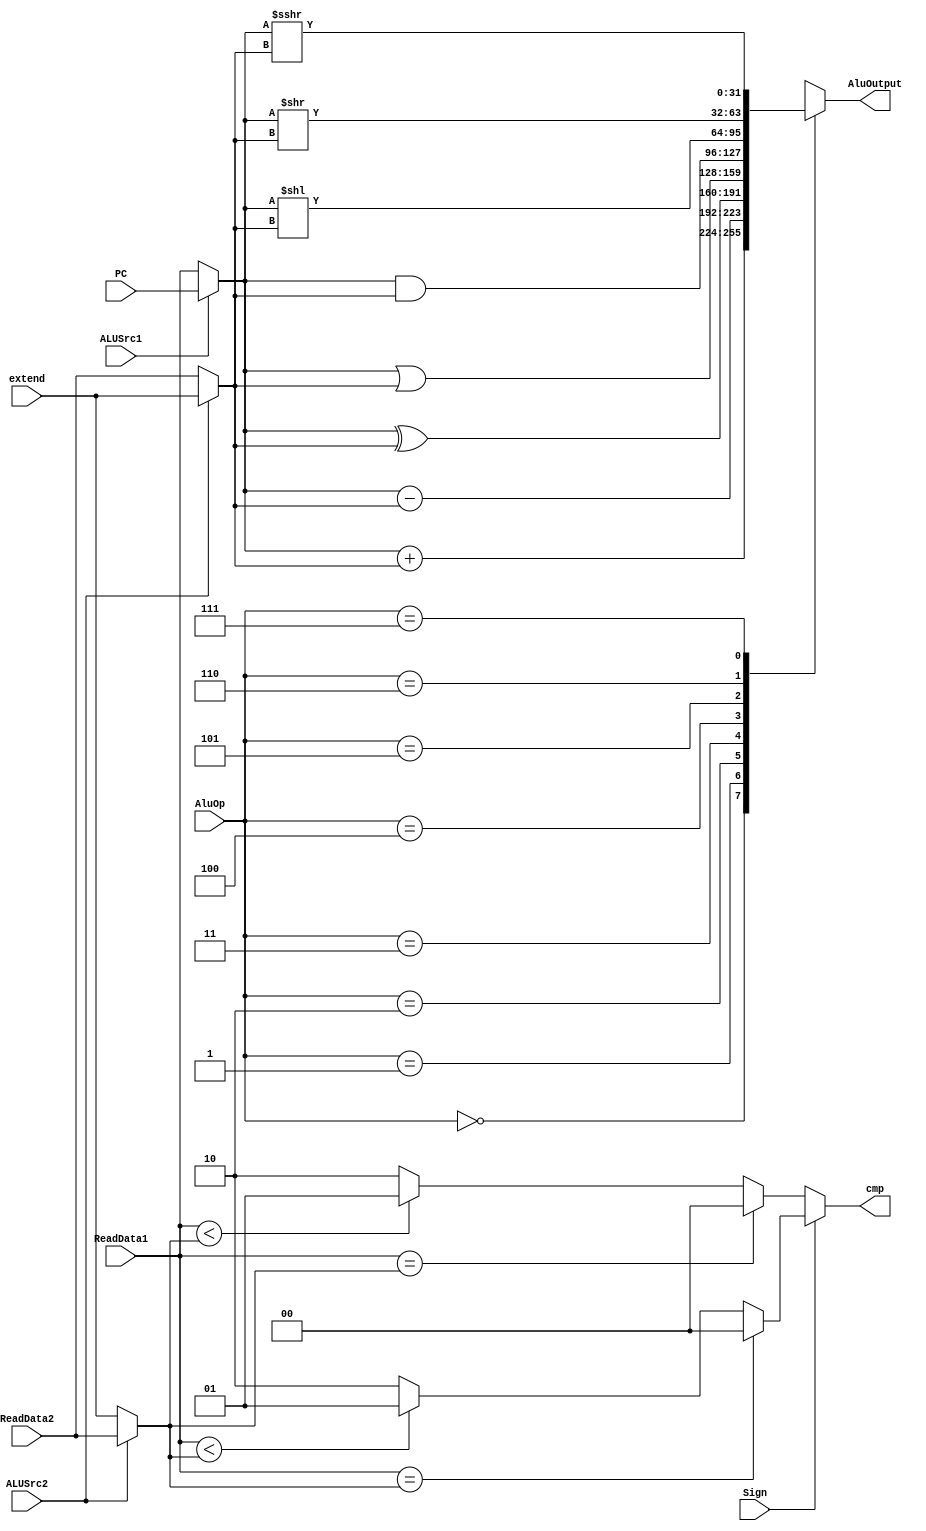
module ALU(
        input ALUSrc1,      
        input ALUSrc2,       
        input [31:0] ReadData1, 
        input [31:0] ReadData2, 
        input [31:0] extend,  
        input [31:0] PC,        
        input [2:0] AluOp,    
        output reg[1:0] cmp,   
        output reg[31:0] AluOutput,
	input  Sign
    );


reg [31:0] A ;
reg [31:0] B ;
reg [31:0] C ;

always@(ReadData1 or ReadData2 or ALUSrc1 or ALUSrc2 or AluOp or PC or extend)
   begin
	A = (ALUSrc1 == 1'b0) ? ReadData1 : PC;
        B = (ALUSrc2 == 1'b0) ? ReadData2 : extend;
        C = (ALUSrc2 == 1'b1) ? ReadData2 : extend;

   if(Sign) begin
        if ($signed(ReadData1) == $signed(C)) begin
            cmp <= 2'b00;
        end
        else begin
            if ($signed(ReadData1) < $signed(C)) begin
                cmp <= 2'b01;
            end
            else begin
                cmp <= 2'b10;
            end
        end
   end

   else begin
 	if (ReadData1 == C) begin
            cmp <= 2'b00;
        end
        else begin
            if (ReadData1 < C) begin
                cmp <= 2'b01;
            end
            else begin
                cmp <= 2'b10;
            end
        end
   end

   	case(AluOp)
            3'b000: AluOutput <= A + B;
            3'b001: AluOutput <= A - B;
            3'b010: AluOutput <= A ^ B;
            3'b011: AluOutput <= A | B;
            3'b100: AluOutput <= A & B;
            3'b101: AluOutput <= (A << B);
            3'b110: AluOutput <=  (A >> B); //????
            3'b111: AluOutput <= (( $signed(A) ) >>> B); //????
        endcase
    end 
endmodule

//ALU not correct